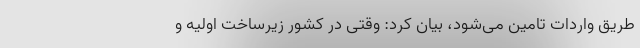
طریق واردات تامین می‌شود، بیان کرد: وقتی در کشور زیرساخت اولیه و